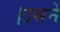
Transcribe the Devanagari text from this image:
।उसने